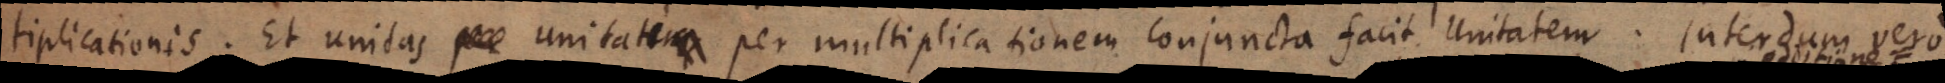
tiplicationis. Et unitas unitati per multiplicationem conjuncta facit Unitatem. Interdum vero